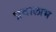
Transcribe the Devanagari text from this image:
प्रवालाभ